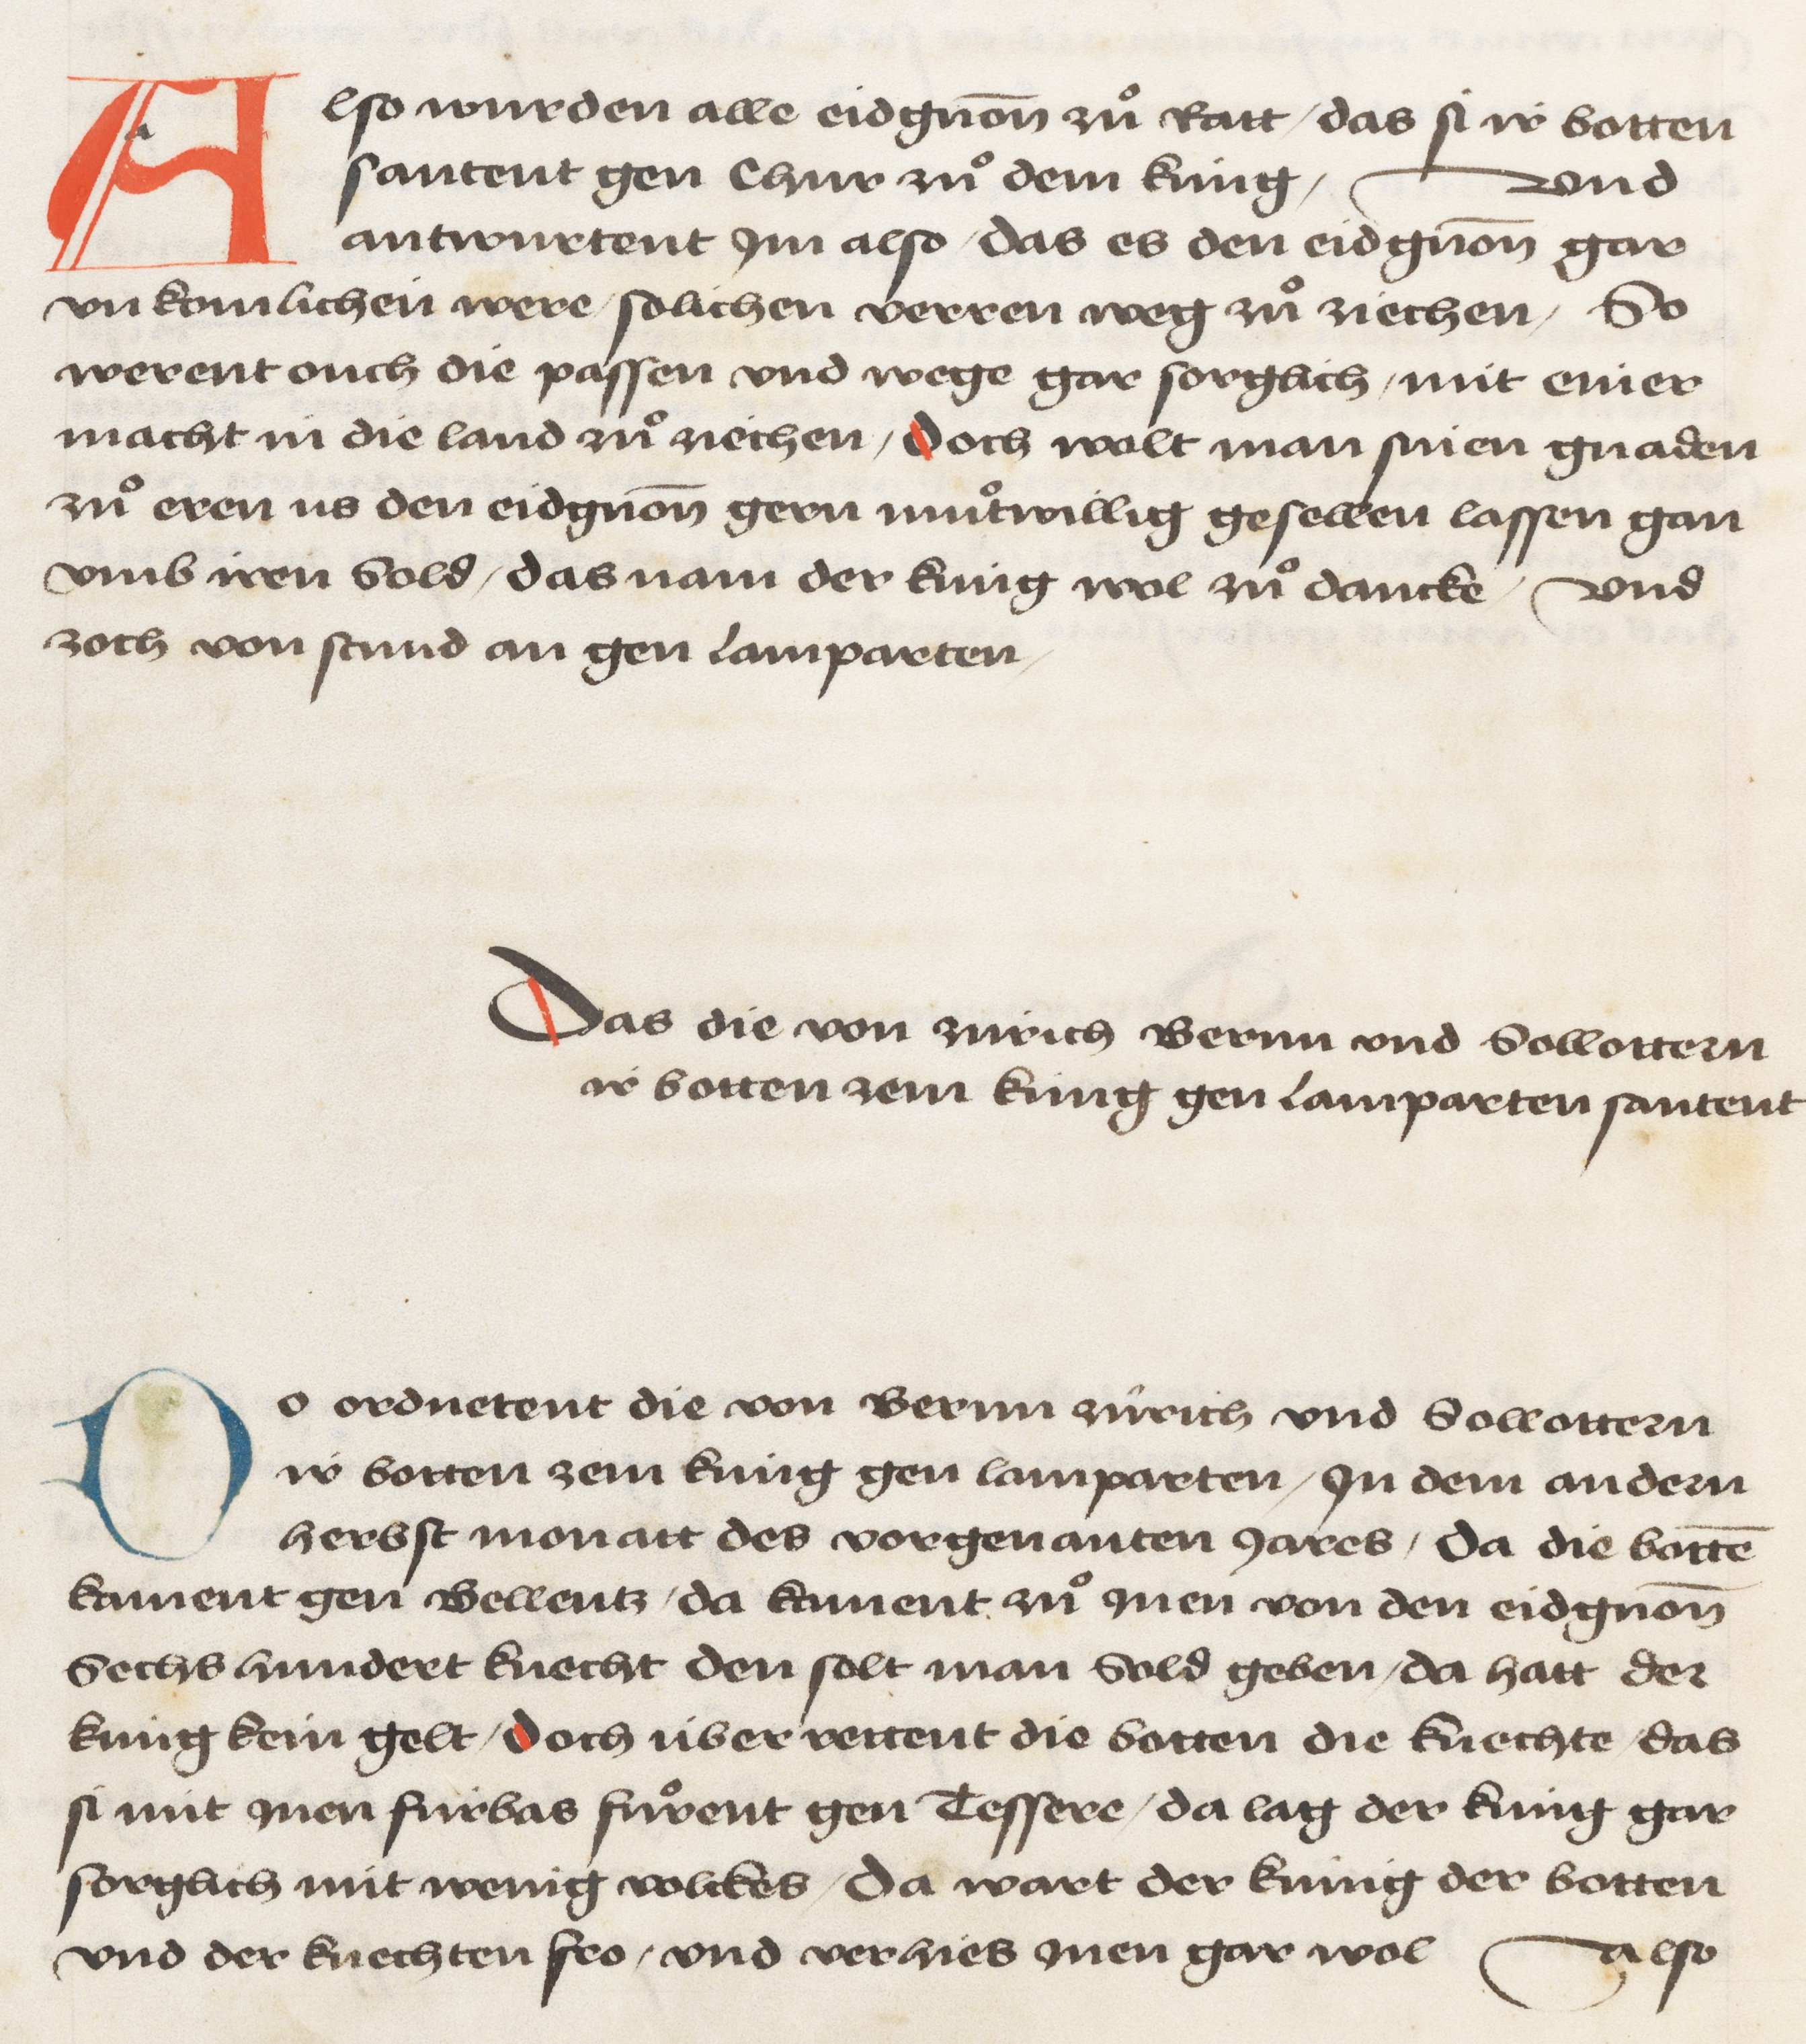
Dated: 1478–1483